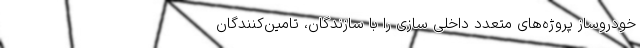
خودروساز پروژه‌های متعدد داخلی سازی را با سازندگان، تامین‌کنندگان